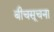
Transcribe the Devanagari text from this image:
बीचसूचना